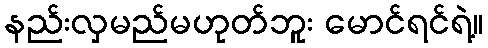
နည်းလှမည်မဟုတ်ဘူး မောင်ရင်ရဲ့။